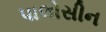
પાલોસીન